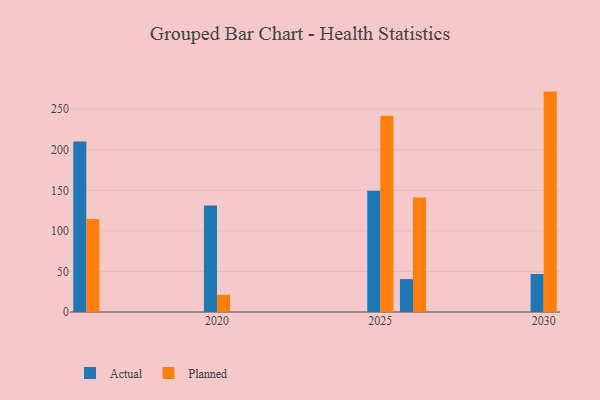
{"axis": {"x": "Year", "y": "Conversion Rate (%)"}, "legend": ["Actual", "Planned"], "data": [{"x": "2026", "y": 40.6, "type": "Actual"}, {"x": "2026", "y": 141.3, "type": "Planned"}, {"x": "2016", "y": 210.3, "type": "Actual"}, {"x": "2016", "y": 114.8, "type": "Planned"}, {"x": "2025", "y": 149.4, "type": "Actual"}, {"x": "2025", "y": 242.0, "type": "Planned"}, {"x": "2020", "y": 131.3, "type": "Actual"}, {"x": "2020", "y": 21.3, "type": "Planned"}, {"x": "2030", "y": 46.9, "type": "Actual"}, {"x": "2030", "y": 271.7, "type": "Planned"}]}